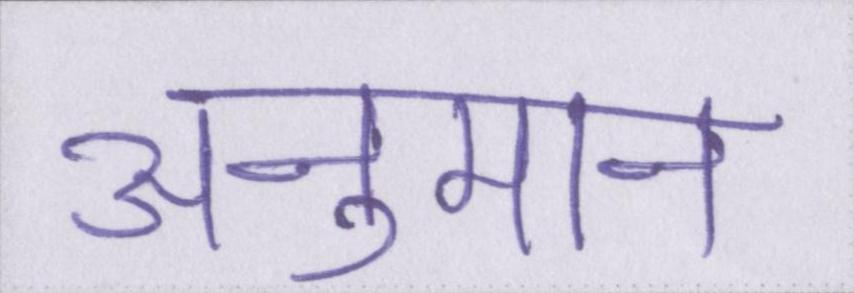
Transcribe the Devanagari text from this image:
अनुमान